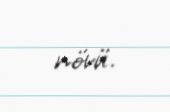
növü.